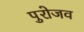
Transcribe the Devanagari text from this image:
पुरोजव